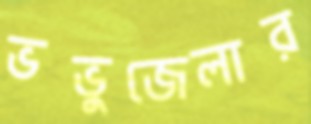
ভভুজেলার